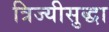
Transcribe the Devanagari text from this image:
त्रिज्यीसुद्धा